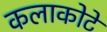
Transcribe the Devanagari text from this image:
कलाकोटे